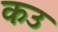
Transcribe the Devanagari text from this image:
कउ